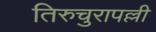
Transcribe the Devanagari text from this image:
तिरुचुरापल्ली